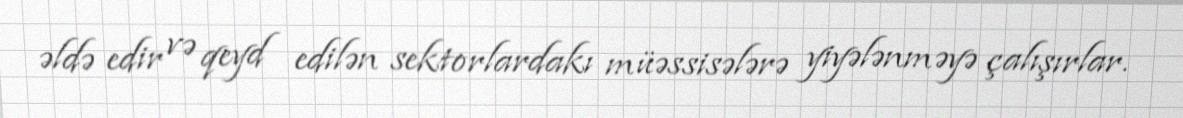
əldə edir və qeyd edilən sektorlardakı müəssisələrə yiyələnməyə çalışırlar.